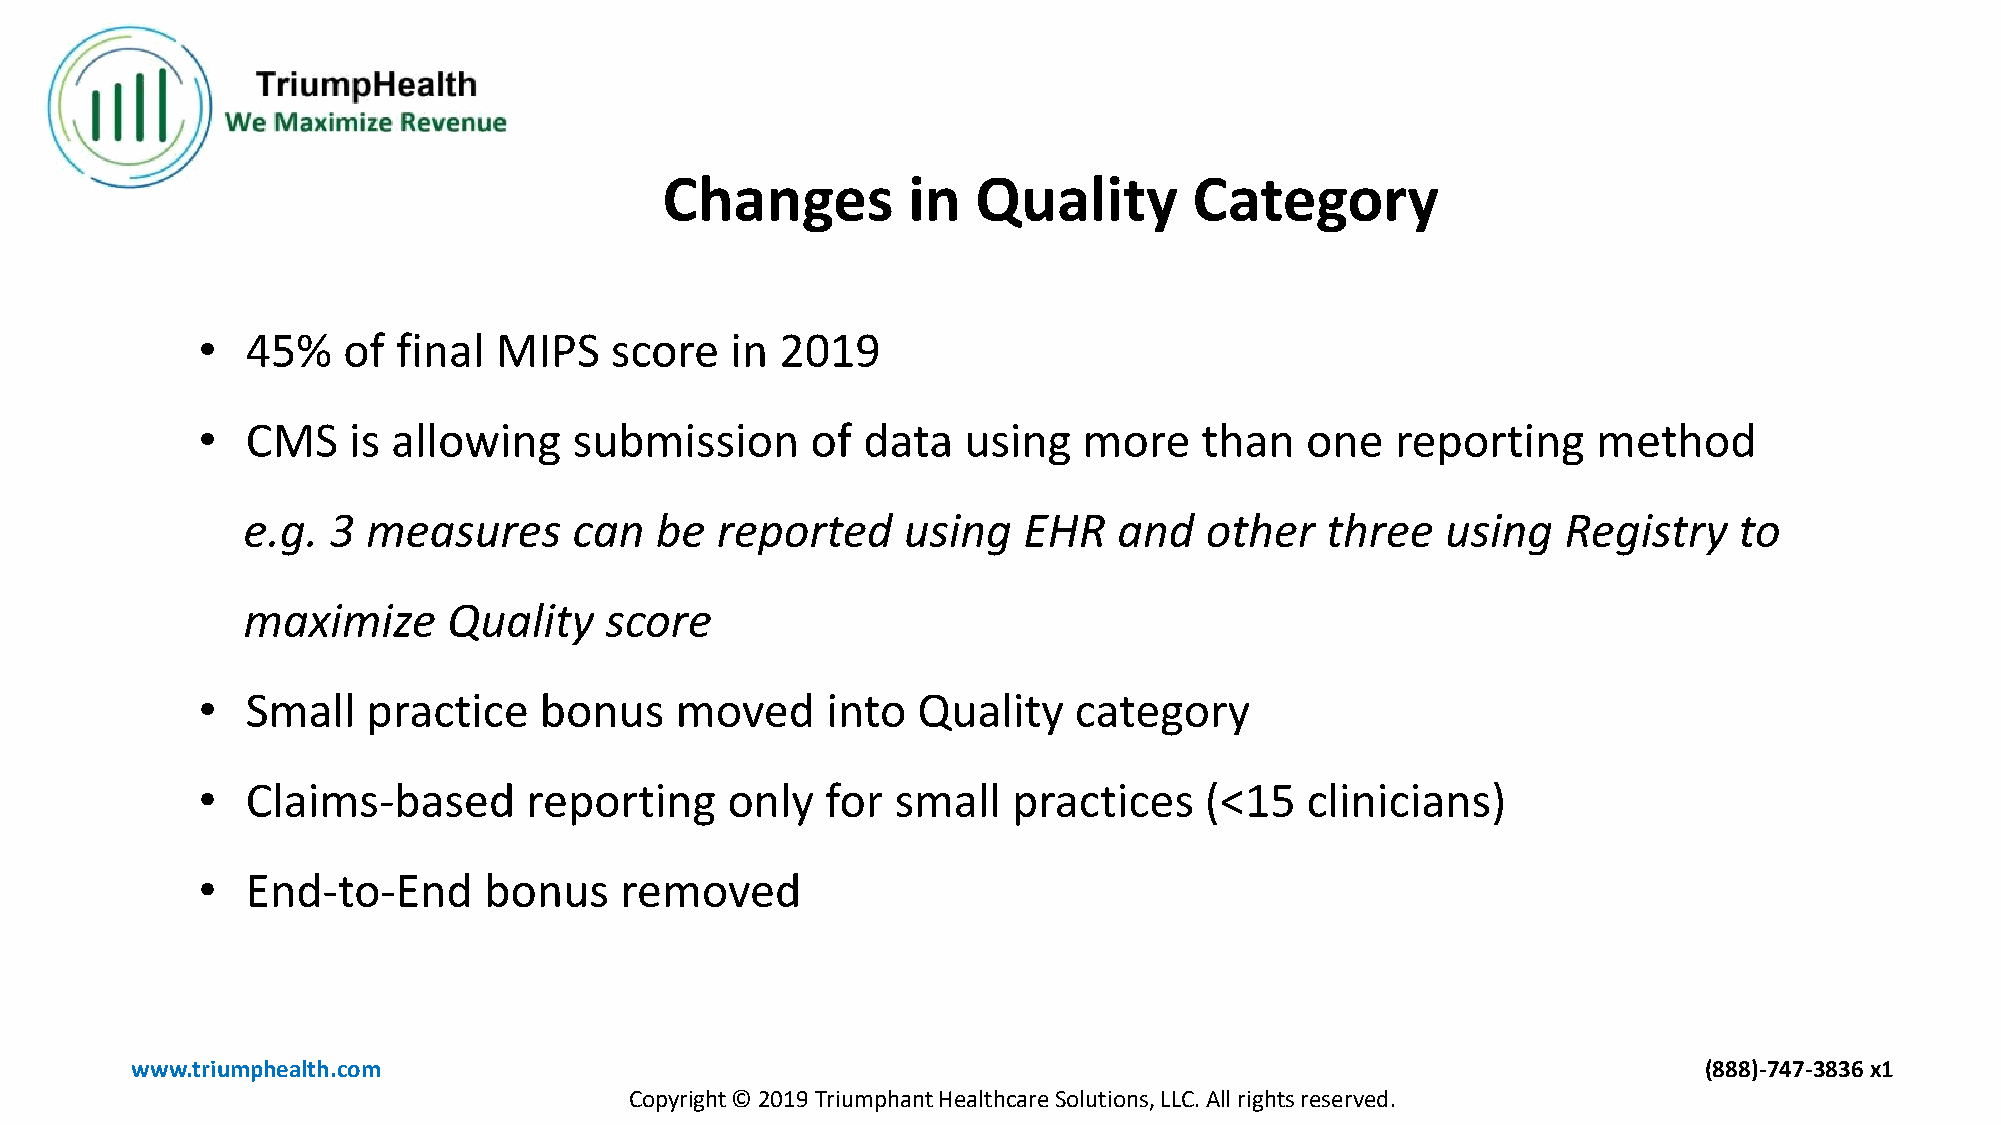
Changes         in   Quality       Category
 •  45%    of final  MIPS   score   in  2019
 •  CMS    is allowing    submission      of data   using   more    than  one   reporting     method
 e.g.  3 measures      can  be  reported     using   EHR   and   other   three   using   Registry   to
 maximize      Quality   score
 •  Small   practice    bonus    moved     into  Quality   category
 •  Claims-based       reporting    only   for small   practices    (<15  clinicians)
 •  End-to-End      bonus    removed
 www.triumphealth.com                                                                                    (888)-747-3836 x1
 Copyright © 2019 Triumphant Healthcare Solutions, LLC. All rights reserved.